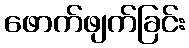
ဖောက်ဖျက်ခြင်း